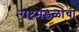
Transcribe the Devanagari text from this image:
राष्ट्रमंडळाचा